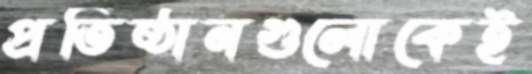
প্রতিষ্ঠানগুলোকেই